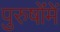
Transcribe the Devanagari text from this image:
पुरुषोंमें